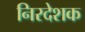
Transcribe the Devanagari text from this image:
निरदेशक